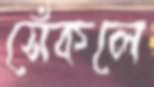
সেঁকলে